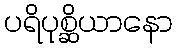
ပရိပုစ္ဆိယာနော